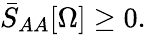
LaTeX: \bar{S}_{AA}[\Omega]\geq 0.